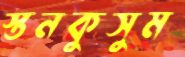
স্তনকুসুম